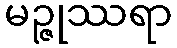
မဉ္ဇုဿရာ